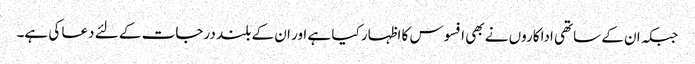
جبکہ ان کے ساتھی اداکاروں نے بھی افسوس کا اظہار کیا ہے اور ان کے بلند درجات کے لئے دعا کی ہے۔